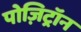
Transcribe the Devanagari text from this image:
पोज़िट्रॉन